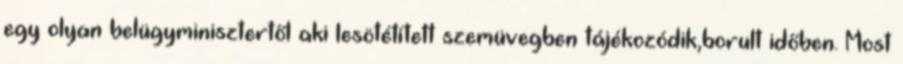
egy olyan belügyminisztertől aki lesötétített szemüvegben tájékozódik,borult időben. Most